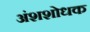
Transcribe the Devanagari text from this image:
अंशशोधक